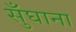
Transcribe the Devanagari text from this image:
सुँघाना